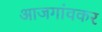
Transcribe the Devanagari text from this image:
आजगांवकर